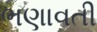
ભણાવતી